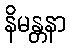
နိမန္တနာ